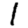
Digit: 1